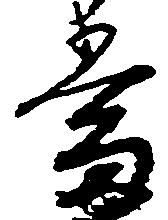
当